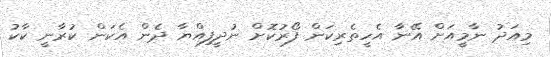
މިއަދު ނާމީއަށް އޭނާ އެހީތެރިކަން ފޯރުކޮށް ނުދީފިއްޔާ ދެން އެކަން ކުރާނީ ކާކު